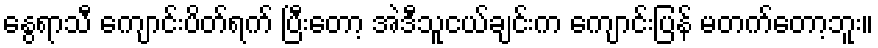
နွေရာသီ ကျောင်းပိတ်ရက် ပြီးတော့ အဲဒီသူငယ်ချင်းက ကျောင်းပြန် မတက်တော့ဘူး။